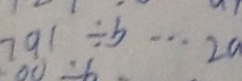
7 9 1 \div b \cdots 2 a